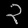
Digit: ၃